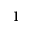
^ { 1 }